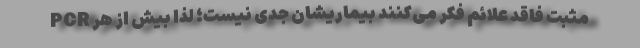
PCR مثبت فاقد علائم فکر می‌کنند بیماریشان جدی نیست؛ لذا بیش از هر